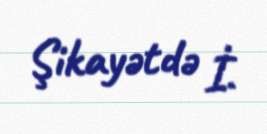
Şikayətdə İ.